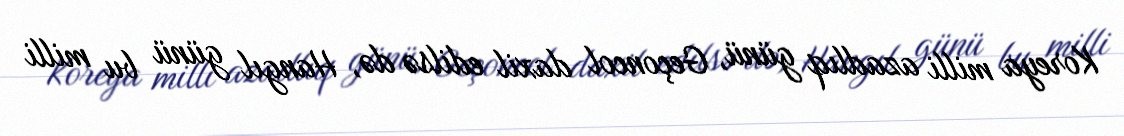
Koreya milli azadlıq günü, Geçoncol daxil edilsə də, Hangıl günü bu milli